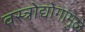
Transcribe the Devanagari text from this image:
वस्त्रोद्योगामुळे